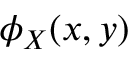
\phi _ { X } ( x , y )